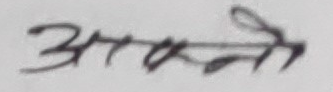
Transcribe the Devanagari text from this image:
आफ्नो